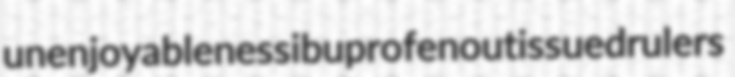
unenjoyableness ibuprofen outissued rulers